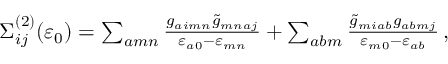
\begin{array} { r } { \Sigma _ { i j } ^ { ( 2 ) } ( \varepsilon _ { 0 } ) = \sum _ { a m n } \frac { g _ { a i m n } \tilde { g } _ { m n a j } } { \varepsilon _ { a 0 } - \varepsilon _ { m n } } + \sum _ { a b m } \frac { \tilde { g } _ { m i a b } g _ { a b m j } } { \varepsilon _ { m 0 } - \varepsilon _ { a b } } \, , } \end{array}